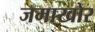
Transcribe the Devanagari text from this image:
जमाखोर